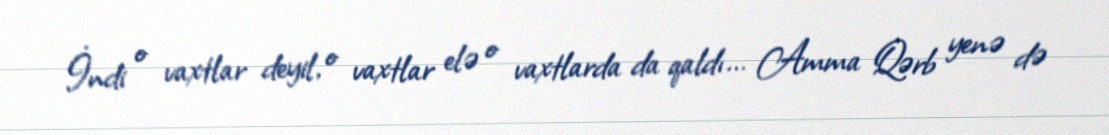
İndi o vaxtlar deyil, o vaxtlar elə o vaxtlarda da qaldı... Amma Qərb yenə də